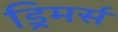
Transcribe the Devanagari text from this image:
ड्रिमर्स